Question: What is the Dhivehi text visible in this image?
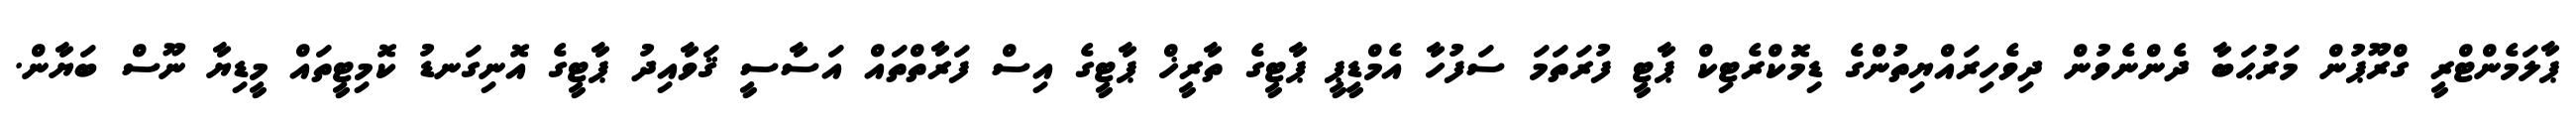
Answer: ޕާލަމެންޓްރީ ގްރޫޕުން މަރުޙަބާ ދެންނެވުން ދިވެހިރައްޔިތުންގެ ޑިމޮކްރެޓިކް ޕާޓީ ފުރަތަމަ ސަފުހާ އެމްޑީޕީ ޕާޓީގެ ތާރީޚް ޕާޓީގެ އިސް ފަރާތްތައް އަސާސީ ޤަވާއިދު ޕާޓީގެ އޮނިގަނޑު ކޮމިޓީތައް މީޑިޔާ ނޫސް ބަޔާން.